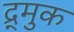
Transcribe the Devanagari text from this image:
द्र्मुक